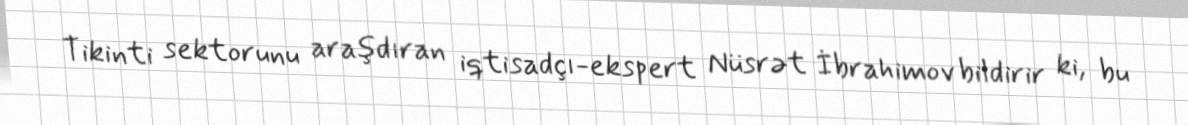
Tikinti sektorunu araşdıran iqtisadçı-ekspert Nüsrət İbrahimov bildirir ki, bu